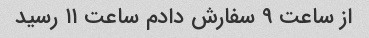
از ساعت ۹ سفارش دادم ساعت ۱۱ رسید